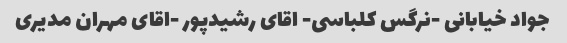
جواد خیابانی -نرگس کلباسی- اقای رشیدپور -اقای مهران مدیری